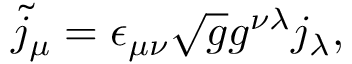
\tilde { j } _ { \mu } = \epsilon _ { \mu \nu } \sqrt { g } g ^ { \nu \lambda } j _ { \lambda } ,